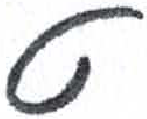
אות: ט